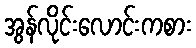
အွန်လိုင်းလောင်းကစား